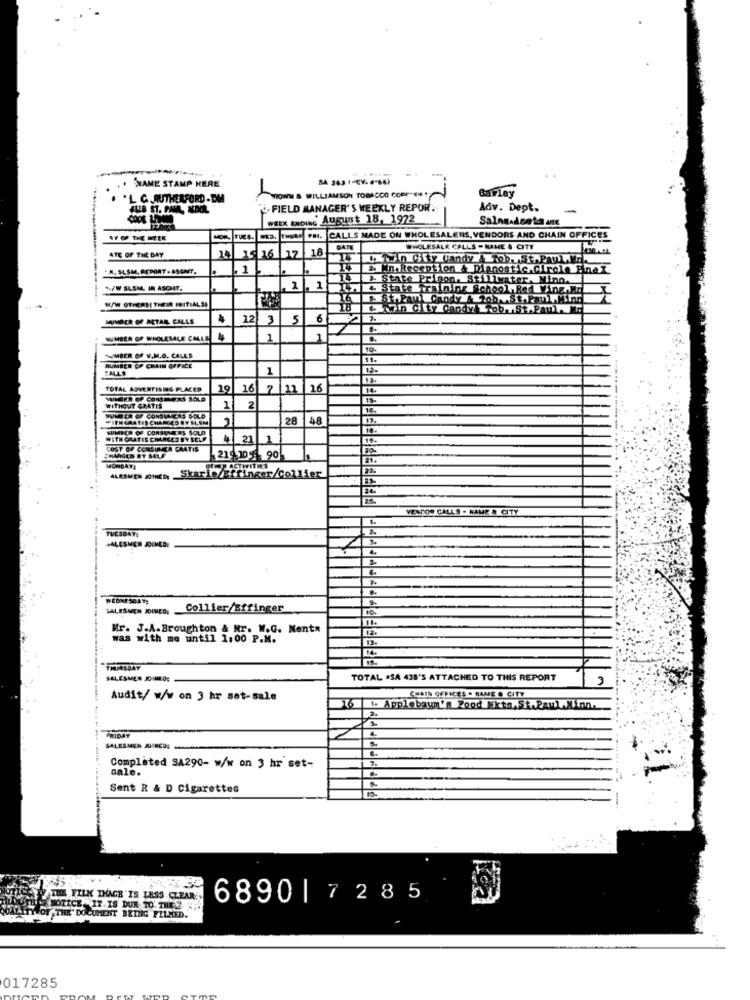
. NAME STAMP HERE
Barley
.L C.RUTHERFORD-DM
WILLIAMSON TOBACCO CORP"EM!
ALER ST. RAMA, NEDERL
FIELD MANAGER'S WEEKLY REPOR.
Adv. Dept.
WEEK ENDING August 18, 1972
Salna.Aceto ant
-
AF OF THE WEEK
WED. THURS PAI.
CALLS MADE ON WHOLESALERS, VENDORS AND CHAIN OFFICES
ATE OF THE DAY
18
DATE
WHOLESALE CALLS - NAME & CITY
1415 16
16 17
Twin City landy A Tob.St.Paul.M.
K. SLSM. ACPORT . ASONT.
1
. in.Reception & Dignostic.Circle Final
3- State
on. Stillwater. Ninn.
*/W SLSM. IN ASCHT.
2 .1
L . State Tr
mins School Red Wing.Ma
St.Paul Candy A tob.St.Paul Mir
NUMBER OF ARTAN CALLE
12 3
12
3
5
6
NUMBER OF WHOLESALE CALLE
1
1
10-
NUMBER OF V.M.O. CALLS
NUMBER OP CHAIN OFFICE
1
TOTAL ADVERTISING PLACED
19
16
2
16
UNDER OF CONSTERS SÓLO
WITHOUT GRATIS
1
2
IEN GRATIS CHANGED BY SLAM
MULHER OF CONSUNCAS SOLO
28
48
SUMMER OF CONSANTES SOLD
WITH GRATIS CIMLACED BY SELP
21
COST OF CONSUNÇA GRATIS
219 10 8 90
ACTWITHES
ALBSMEN 201HE DE
Skarie/Effinger/Collier
24.
VENDOR CALLS . NAME A CITY
TUESDAYI
3.
ALESMER JOINED:
IN
WEDNESDAYS
SALESMEN JOINED,
Collier/Effinger
Mr. J.A. Broughton & Nr. W.G. Menta
was with me until 1:00 P.M.
THURSDAY
SALESMEN JO MEO:
TOTAL ISA 438'S ATTACHED TO THIS REPORT
3
Audit/ w/w on 3 hr set-sale
CHAIN OFFICES . NAME & CITY
16
1. Applebaum's Rood Ekta, St .PaulInn.
FRIDAY
SALESMEN JOINED:
-------------
sale.
Completed SA290- w/w on 3 hr set-
Sent R & D Cigarettes
15.
-
THE FILK DUAGE IS LESS CZEAR ..
6890|7285
NOTICE. IT IS DUR TO' THE
THE" DOCUMENT BEING FILLED.
017285